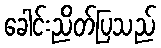
ခေါင်းညိတ်ပြသည်